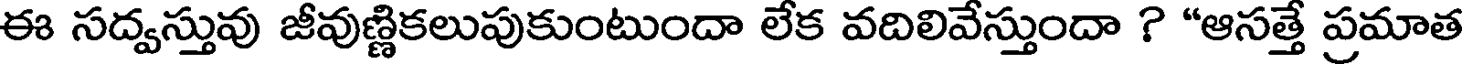
ఈ సద్వస్తువు జీవుణ్ణికలుపుకుంటుందా లేక వదిలివేస్తుందా ? "ఆసత్తే ప్రమాత